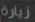
زيارة